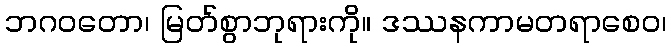
ဘဂဝတော၊ မြတ်စွာဘုရားကို။ ဒဿနကာမတရာစေဝ၊